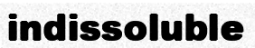
indissoluble